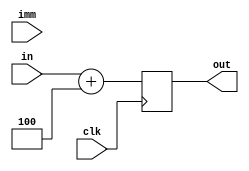
module Adder (clk,in,imm,out);
input clk;
input [0:63] in;
input [0:63] imm;
output reg[0:63] out;

assign imm = 64'b100;
always @(negedge clk)
	begin 

		out = in +imm;

	end
endmodule